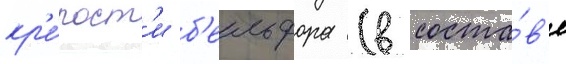
кр'е́пост'и б'ельфора (в соста́в'е